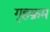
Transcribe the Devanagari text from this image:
गृहक्रम